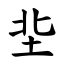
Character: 㘳